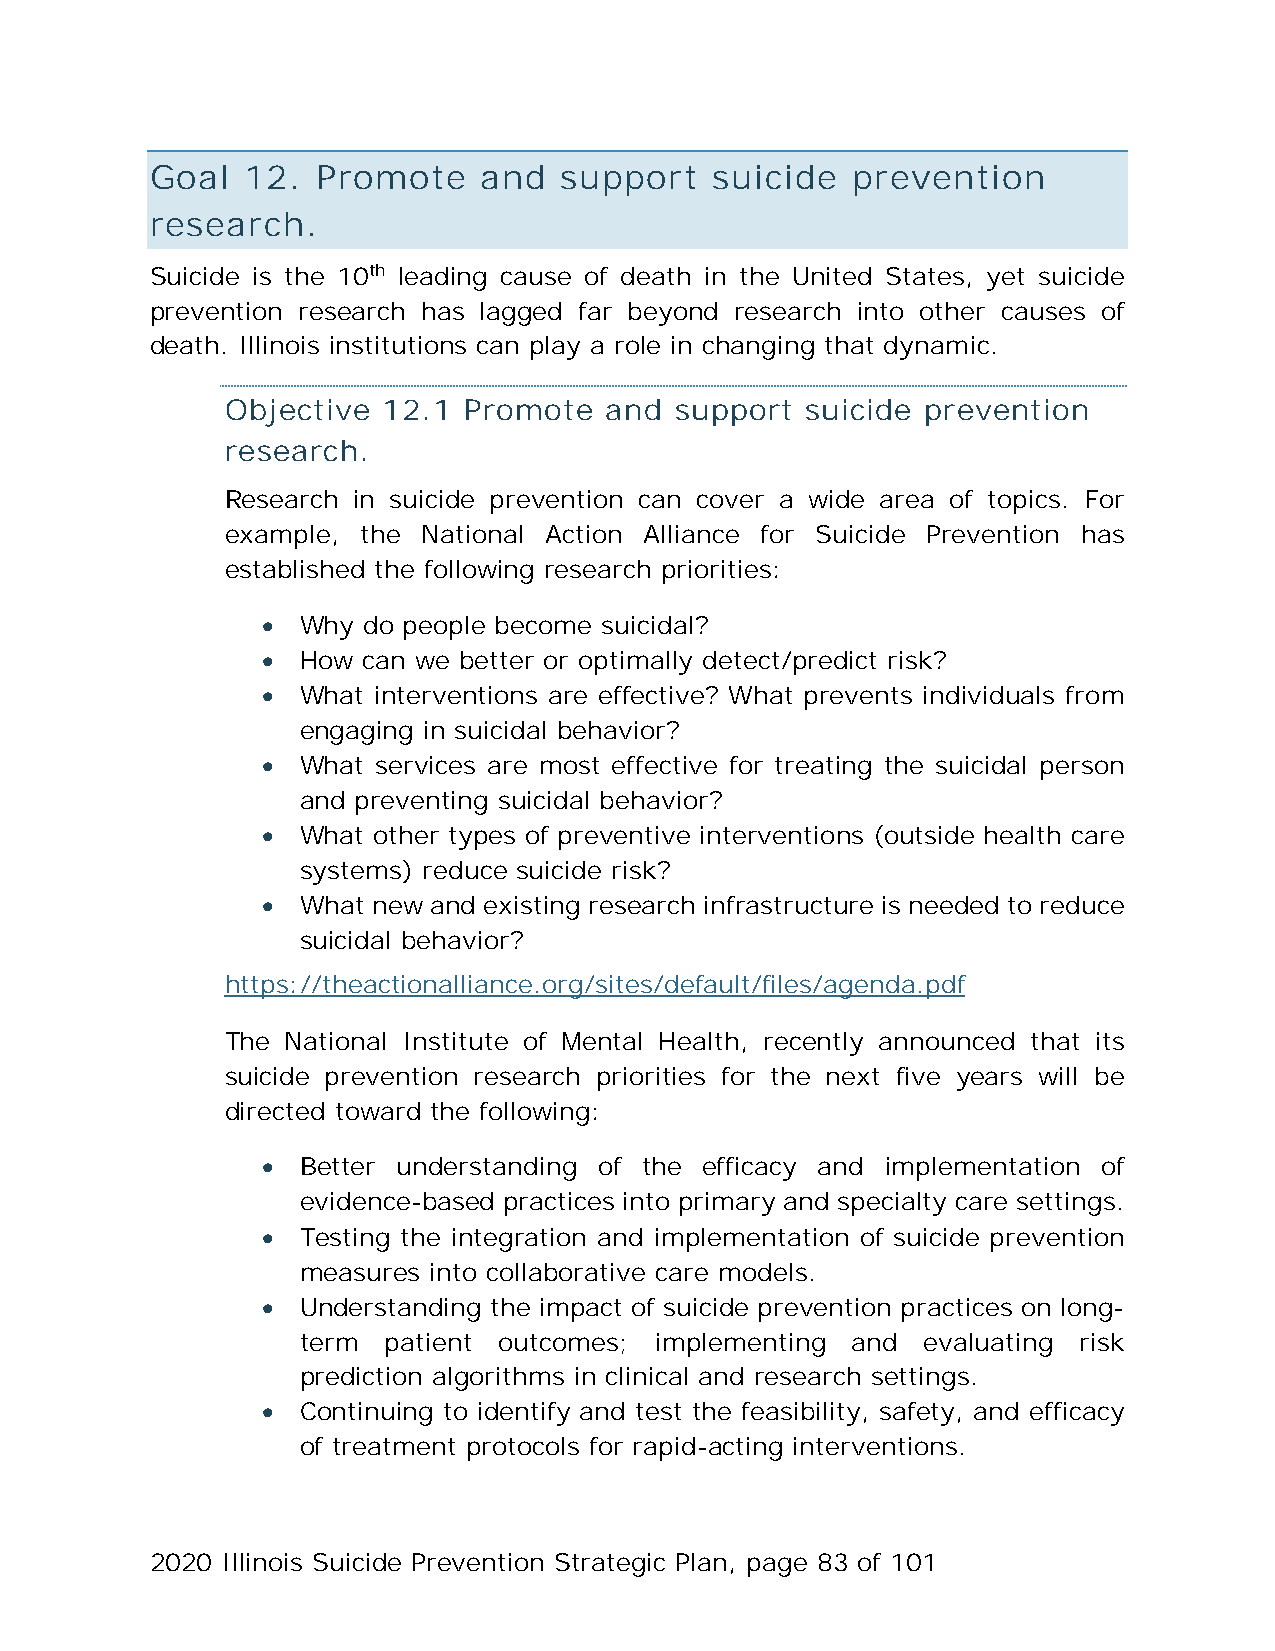
Goal  12.  Promote    and  support   suicide  prevention
 research.
 Suicide is the 10th leading cause of death in the United States, yet suicide
 prevention research has lagged far beyond research into other causes of
 death. Illinois institutions can play a role in changing that dynamic.
 Objective 12.1  Promote  and  support suicide prevention
 research.
 Research in suicide prevention can cover a wide area of topics. For
 example, the National Action Alliance for Suicide Prevention has
 established the following research priorities:
 •  Why do people become suicidal?
 •  How can we better or optimally detect/predict risk?
 •  What interventions are effective? What prevents individuals from
 engaging in suicidal behavior?
 •  What services are most effective for treating the suicidal person
 and preventing suicidal behavior?
 •  What other types of preventive interventions (outside health care
 systems) reduce suicide risk?
 •  What new and existing research infrastructure is needed to reduce
 suicidal behavior?
 https://theactionalliance.org/sites/default/files/agenda.pdf
 The National Institute of Mental Health, recently announced that its
 suicide prevention research priorities for the next five years will be
 directed toward the following:
 •  Better understanding of the efficacy and implementation of
 evidence-based practices into primary and specialty care settings.
 •  Testing the integration and implementation of suicide prevention
 measures into collaborative care models.
 •  Understanding the impact of suicide prevention practices on long-
 term patient outcomes; implementing and  evaluating risk
 prediction algorithms in clinical and research settings.
 •  Continuing to identify and test the feasibility, safety, and efficacy
 of treatment protocols for rapid-acting interventions.
 2020 Illinois Suicide Prevention Strategic Plan, page 83 of 101